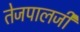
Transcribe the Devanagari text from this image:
तेजपालजी